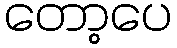
တော့ပေ